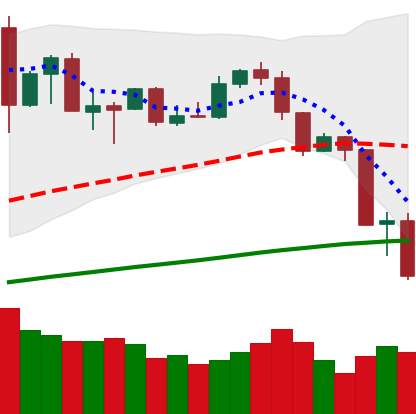
Ticker: ETH-USD
Chart end date: 2019-07-16
Forward return: 13.275%
Label: up_7plus